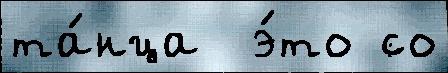
та́нца  э́то со